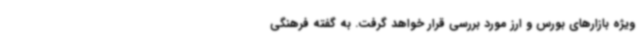
ویژه بازارهای بورس و ارز مورد بررسی قرار خواهد گرفت. به گفته فرهنگی